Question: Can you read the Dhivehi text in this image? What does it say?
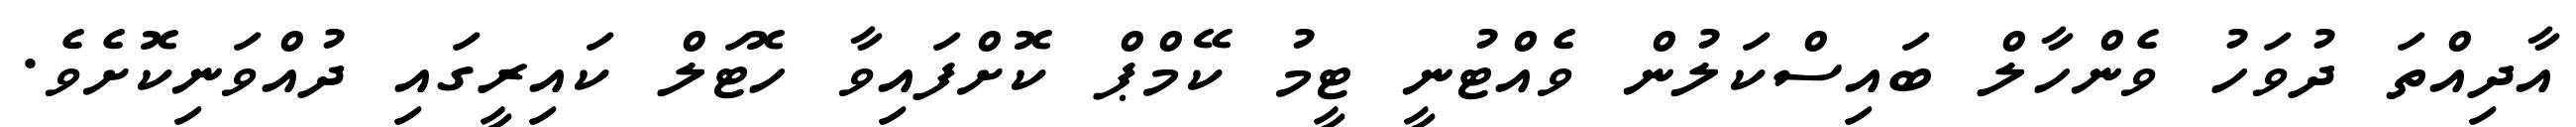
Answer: އާދިއްތަ ދުވަހު ވެންހާލް ބައިސްކަލުން ވެއްޓުނީ ޓީމު ކޭމްޕް ކޮށްފައިވާ ހޮޓަލް ކައިރީގައި ދުއްވަނިކޮށެވެ.